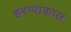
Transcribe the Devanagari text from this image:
हरप्पाकाल